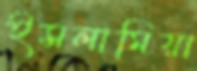
ইসলামিয়া